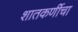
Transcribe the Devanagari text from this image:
शातकर्णीचा